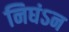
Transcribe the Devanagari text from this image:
निघंऽन